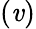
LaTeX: (\mathit{v})